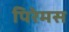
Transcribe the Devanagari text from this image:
पिरेमस